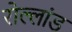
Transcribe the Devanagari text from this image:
रोल्लांड